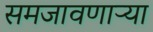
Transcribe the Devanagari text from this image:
समजावणाऱ्या